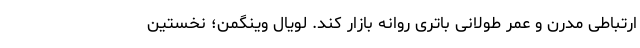
ارتباطی مدرن و عمر طولانی باتری روانه بازار کند. لویال وینگمن؛ نخستین